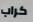
كراب